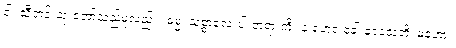
ဝါ၊ သိီတင်းသုံးဘော်သည်မူလည်း။ ဓမ္မံ၊ သစ္စာလေးပါးတရားကို။ န ဟေဝ ခေါ ဒေသေတိ၊ မဟော။